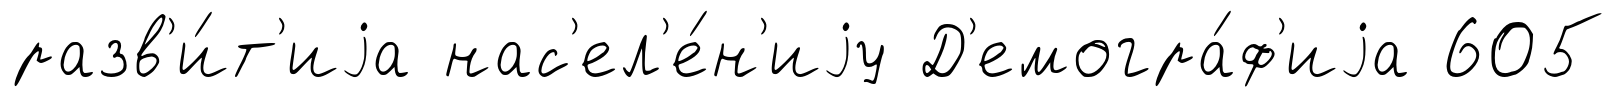
разв'и́т'иjа нас'ел'е́н'иjу Д'емогра́ф'иjа 605